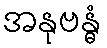
အနုဗန္ဓံ